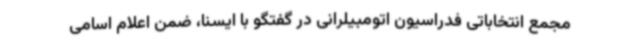
مجمع انتخاباتی فدراسیون اتومبیلرانی در گفتگو با ایسنا، ضمن اعلام اسامی